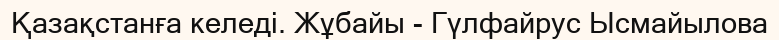
Қазақстанға келеді. Жұбайы - Гүлфайрус Ысмайылова